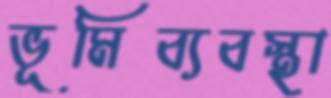
ভূমিব্যবস্থা